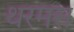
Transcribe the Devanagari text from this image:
थरमस